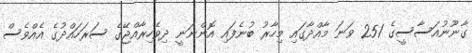
ގާނޫނުއަސާސީގެ 251 ވަނަ މާއްދާގައި މިހާރު ބުނެފައި އޮންނަނީ ދިވެހިރާއްޖޭގެ ސަރަހައްދުގެ އެއްވެސް